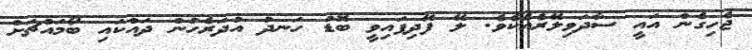
ޖެހިގެން އައީ ސާދަވިލޭރެއެކެވެ. ލޭ ފޭދިފައިވީ ބޮޑު ހަނދު އުދަރެހުން ދައްކައި ބޯމައްޗަށް